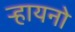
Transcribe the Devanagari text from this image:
ऱ्हायनो